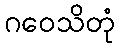
ဂဝေသိတုံ